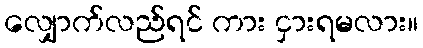
လျှောက်လည်ရင် ကား ငှားရမလား။